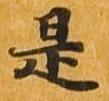
是